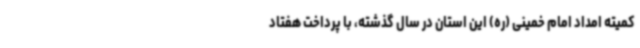
کمیته امداد امام خمینی (ره) این استان در سال گذشته، با پرداخت هفتاد